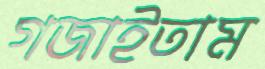
গজাইতাম